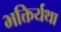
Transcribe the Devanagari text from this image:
भक्तिर्यथा